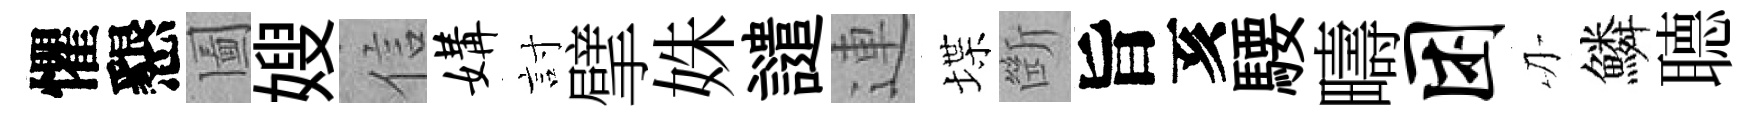
懼懇圗嫂信媾討擘姝譴連堞㫁旨亥騕疇困刃鱗𦗟